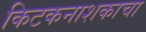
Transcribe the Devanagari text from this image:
किटकनाशकाचा